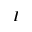
\cal { I }